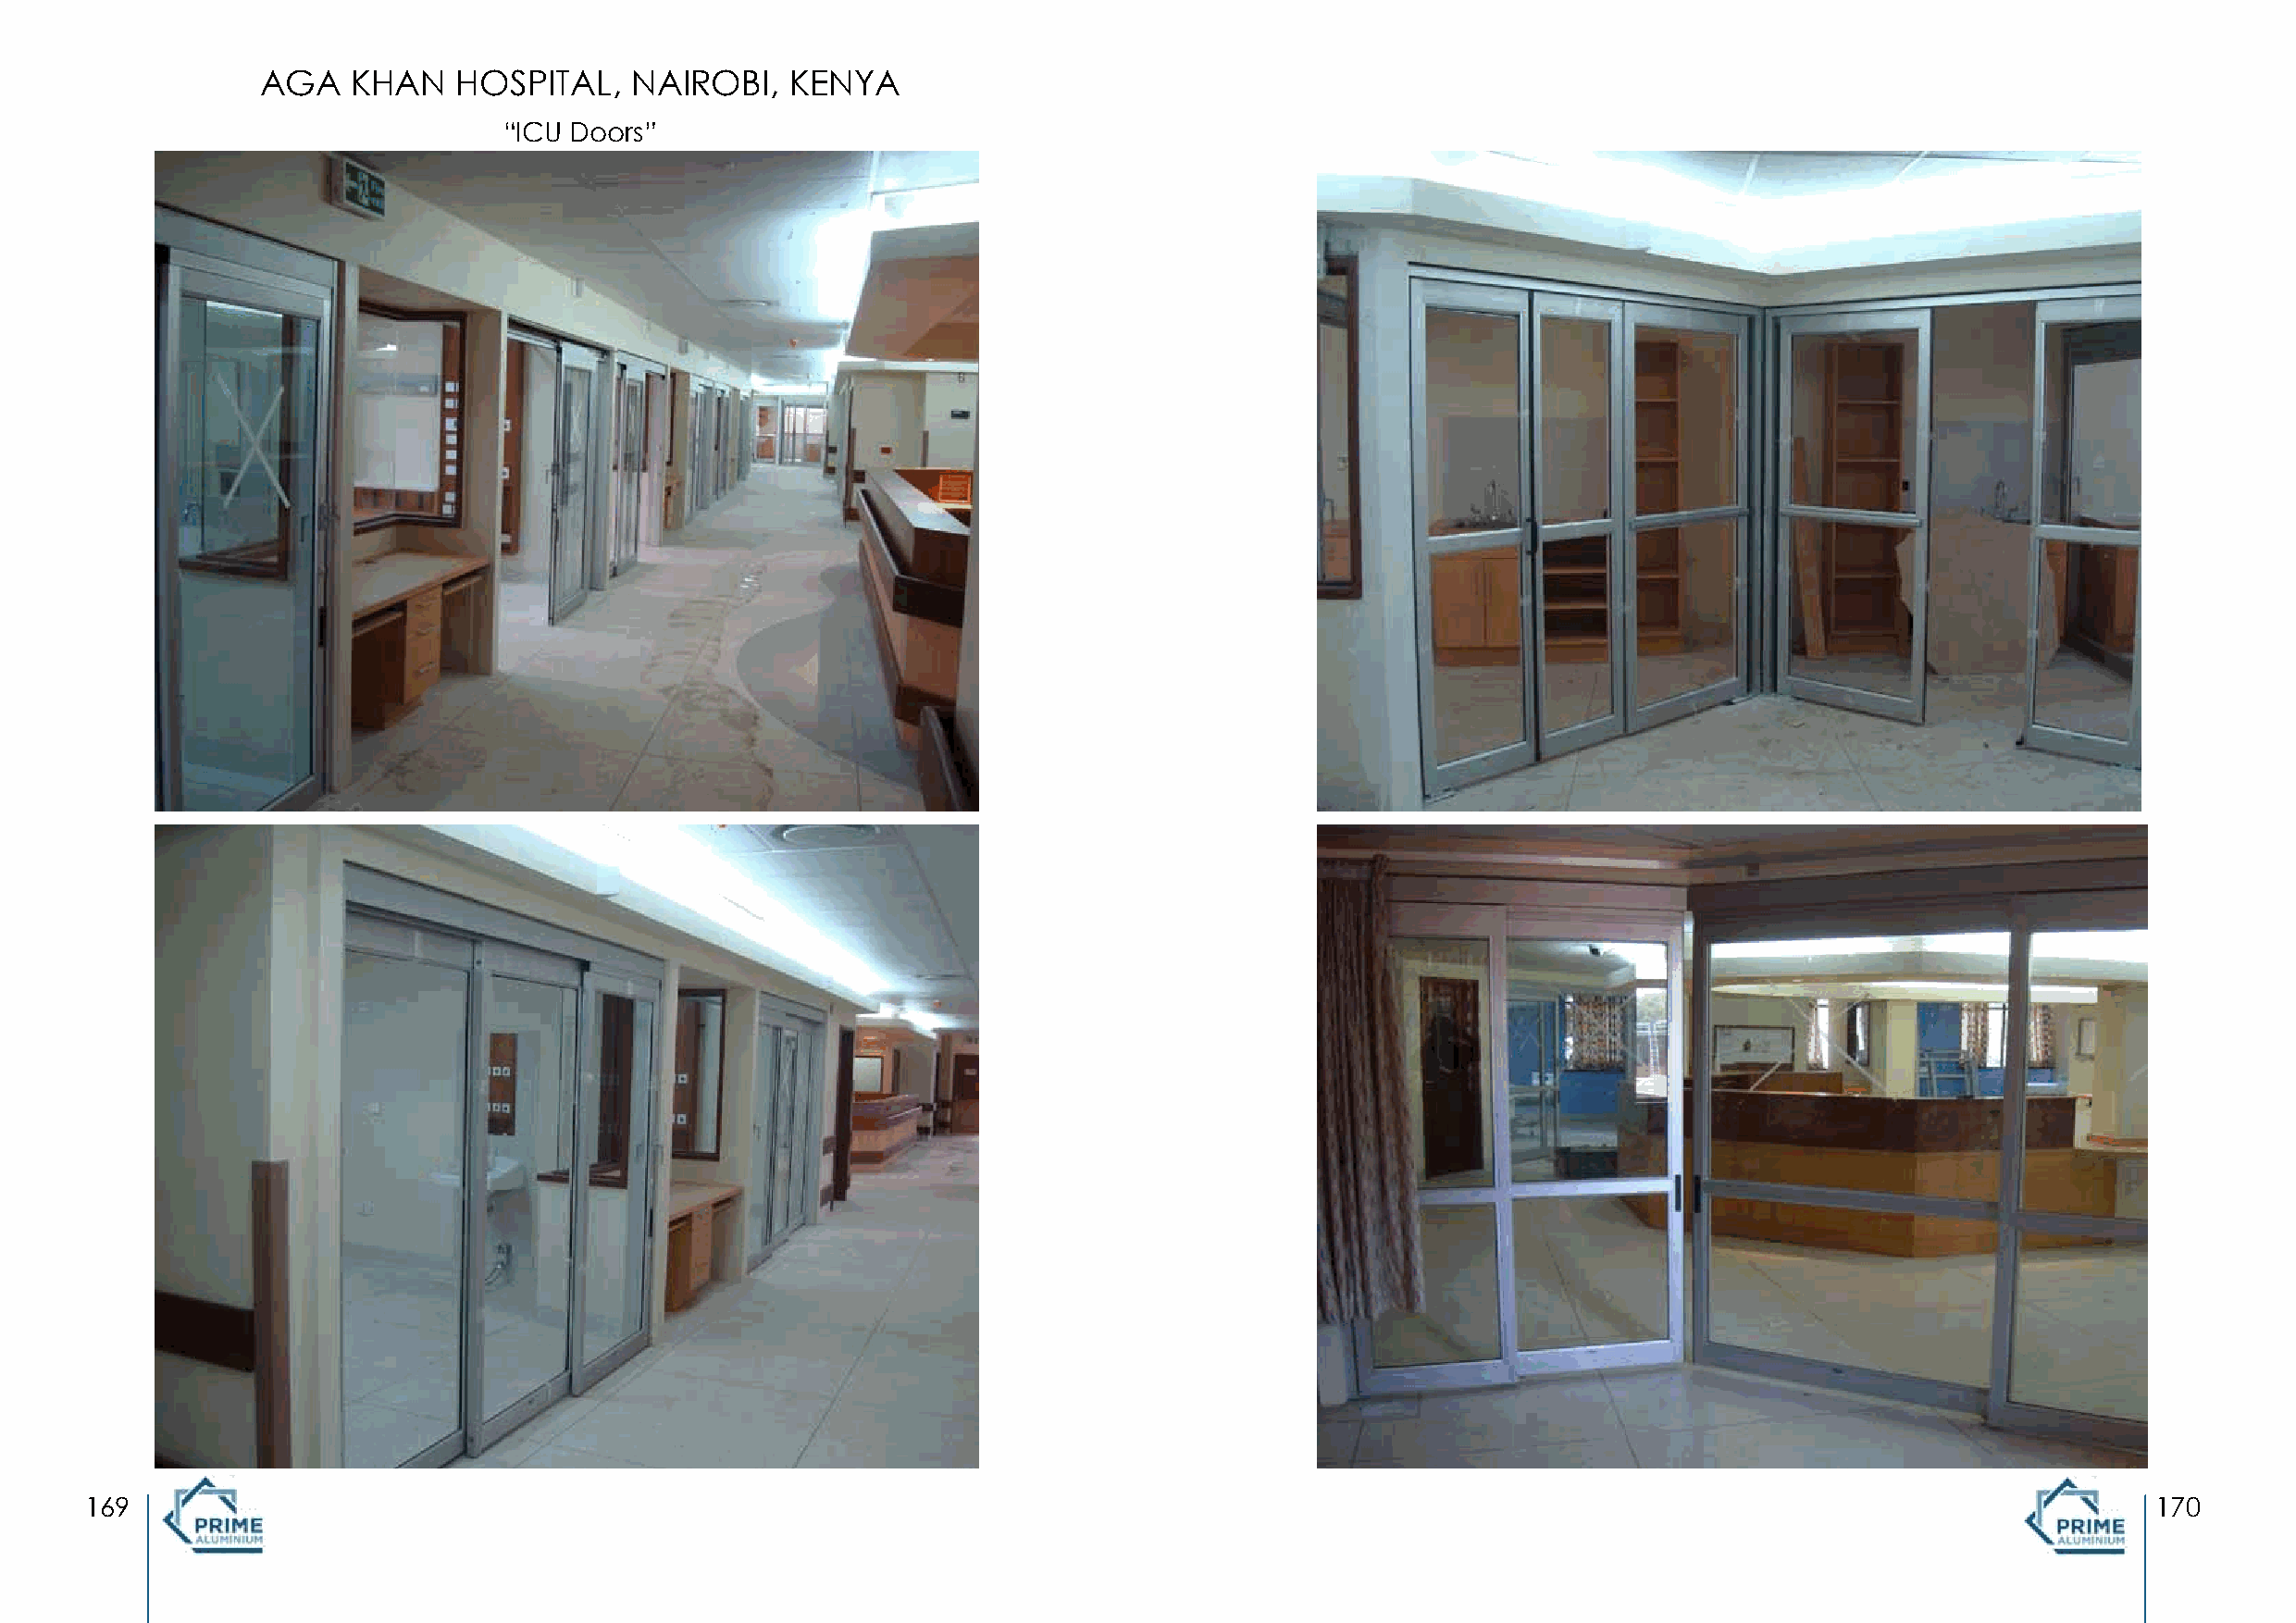
AGA   KHAN    HOSPITAL,   NAIROBI,   KENYA
 “ICU Doors”
 169                                                                                                                                                 170